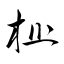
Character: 檻